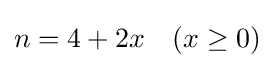
n=4+2x\quad (x\geq 0)